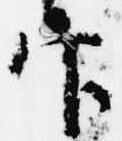
官